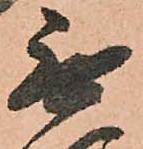
無